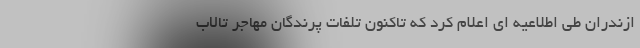
ازندران طی اطلاعیه ای اعلام کرد که تاکنون تلفات پرندگان مهاجر تالاب